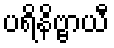
ပရိနိဗ္ဗာယီ